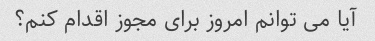
آیا می توانم امروز برای مجوز اقدام کنم؟